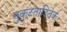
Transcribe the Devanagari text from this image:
मुकुटतादितक